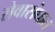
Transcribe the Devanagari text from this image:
सेवासंघात